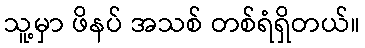
သူ့မှာ ဖိနပ် အသစ် တစ်ရံရှိတယ်။